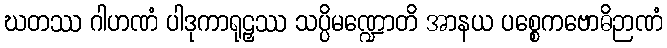
ဃတဿ ဂါဟဏံ ပါဒုကာရုဠှဿ သပ္ပိမဏ္ဍောတိ အာနယ ပစ္စေကဗောဓိဉာဏံ